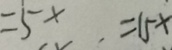
= 5 x . = 1 5 x